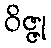
ဝိဇ္ဇု